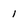
Character: 1